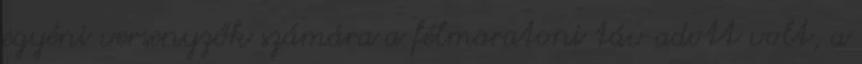
egyéni versenyzők számára a félmaratoni táv adott volt, a